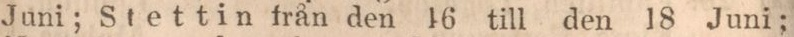
Juni; Stettin från den 16 till den 18 Juni;